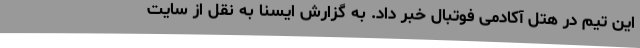
این تیم در هتل آکادمی فوتبال خبر داد. به گزارش ایسنا به نقل از سایت